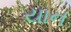
યાન